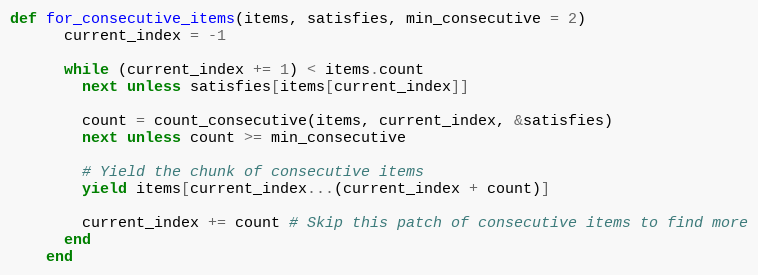
Language: Ruby
def for_consecutive_items(items, satisfies, min_consecutive = 2)
      current_index = -1

      while (current_index += 1) < items.count
        next unless satisfies[items[current_index]]

        count = count_consecutive(items, current_index, &satisfies)
        next unless count >= min_consecutive

        # Yield the chunk of consecutive items
        yield items[current_index...(current_index + count)]

        current_index += count # Skip this patch of consecutive items to find more
      end
    end